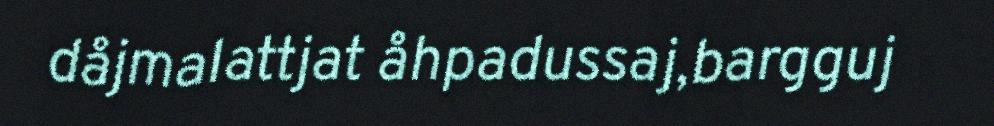
dåjmalattjat åhpadussaj,bargguj